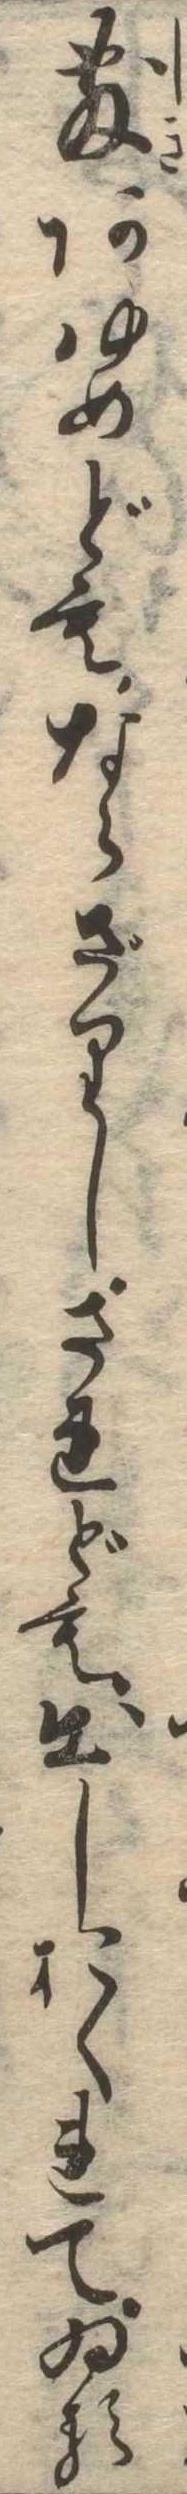
敷あゆめどもならざりしされども出しおくれてゐる